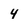
Character: 4